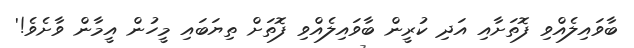
ބާވައިލެއްވި ފޮތަށާއި އަދި ކުރީން ބާވައިލެއްވި ފޮތަށް ތިޔަބައި މީހުން އީމާން ވާށެވެ!'